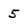
Character: 5